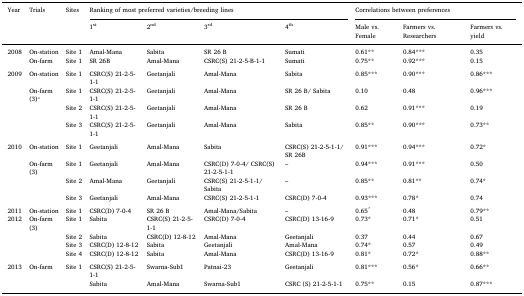
<table><thead><tr><td><b>Year</b></td><td><b>Trials</b></td><td><b>Sites</b></td><td colspan="4"><b>Ranking of most preferred varieties/breeding lines</b></td><td colspan="3"><b>Correlations between preferences</b></td></tr><tr><td></td><td></td><td></td><td><b>1<sup>st</sup></b></td><td><b>2<sup>nd</sup></b></td><td><b>3<sup>rd</sup></b></td><td><b>4<sup>th</sup></b></td><td><b>Male vs. Female</b></td><td><b>Farmers vs. Researchers</b></td><td><b>Farmers vs. yield</b></td></tr></thead><tbody><tr><td rowspan="2">2008</td><td>On-station</td><td>Site 1</td><td>Amal-Mana</td><td>Sabita</td><td>SR 26 B</td><td>Sumati</td><td>0.61**</td><td>0.84***</td><td>0.35</td></tr><tr><td>On-farm</td><td>Site 1</td><td>SR 26B</td><td>Amal-Mana</td><td>CSRC(S) 21-2-5-B-1-1</td><td>Sumati</td><td>0.75**</td><td>0.92***</td><td>0.15</td></tr><tr><td colspan="10">  </td></tr><tr><td rowspan="4">2009</td><td>On-station</td><td>Site 1</td><td>CSRC(S) 21-2-5-1-1</td><td>Geetanjali</td><td>Amal-Mana</td><td>Sabita</td><td>0.85***</td><td>0.90***</td><td>0.86***</td></tr><tr><td rowspan="3">On-farm(3)a</td><td>Site 1</td><td>CSRC(S) 21-2-5-1-1</td><td>Geetanjali</td><td>Amal-Mana</td><td>SR 26 B/ Sabita</td><td>0.10</td><td>0.48</td><td>0.96***</td></tr><tr><td>Site 2</td><td>CSRC(S) 21-2-5-1-1</td><td>Geetanjali</td><td>Amal-Mana</td><td>SR 26 B</td><td>0.62</td><td>0.91***</td><td>0.19</td></tr><tr><td>Site 3</td><td>CSRC(S) 21-2-5-1-1</td><td>Geetanjali</td><td>Amal-Mana</td><td>Sabita</td><td>0.85**</td><td>0.90***</td><td>0.73**</td></tr><tr><td colspan="10">  </td></tr><tr><td rowspan="4">2010</td><td>On-station</td><td>Site 1</td><td>Geetanjali</td><td>Amal-Mana</td><td>Sabita</td><td>CSRC(S) 21-2-5-1-1/ SR 26B</td><td>0.91***</td><td>0.94***</td><td>0.72*</td></tr><tr><td rowspan="3">On-farm(3)</td><td>Site 1</td><td>Geetanjali</td><td>Amal-Mana</td><td>CSRC(D) 7-0-4/ CSRC(S) 21-2-5-1-1</td><td>–</td><td>0.94***</td><td>0.91***</td><td>0.50</td></tr><tr><td>Site 2</td><td>Amal-Mana</td><td>Geetanjali</td><td>CSRC(S) 21-2-5-1-1/Sabita</td><td>–</td><td>0.85**</td><td>0.81**</td><td>0.74*</td></tr><tr><td>Site 3</td><td>Geetanjali</td><td>Amal-Mana</td><td>CSRC(S) 21-2-5-1-1</td><td>CSRC(D) 7-0-4</td><td>0.93***</td><td>0.78*</td><td>0.74</td></tr><tr><td colspan="10">  </td></tr><tr><td>2011</td><td>On-station</td><td>Site 1</td><td>CSRC(D) 7-0-4</td><td>SR 26 B</td><td>Amal-Mana/Sabita</td><td>–</td><td>0.65<sup>*</sup></td><td>0.48</td><td>0.79**</td></tr><tr><td rowspan="4">2012</td><td rowspan="4">On-farm(3)</td><td>Site 1</td><td>Sabita</td><td>CSRC(S) 21-2-5-1-1</td><td>CSRC(D) 7-0-4</td><td>CSRC(D) 13-16-9</td><td>0.73*</td><td>0.71*</td><td>0.51</td></tr><tr><td>Site 2</td><td>Sabita</td><td>CSRC(D) 12-8-12</td><td>Amal-Mana</td><td>Geetanjali</td><td>0.37</td><td>0.44</td><td>0.67</td></tr><tr><td>Site 3</td><td>CSRC(D) 12-8-12</td><td>Sabita</td><td>Geetanjali</td><td>Amal-Mana</td><td>0.74*</td><td>0.57</td><td>0.49</td></tr><tr><td>Site 4</td><td>CSRC(D) 12-8-12</td><td>Sabita</td><td>Amal-Mana</td><td>CSRC(D) 13-16-9</td><td>0.81*</td><td>0.72*</td><td>0.88**</td></tr><tr><td colspan="10">  </td></tr><tr><td rowspan="2">2013</td><td rowspan="2">On-farm</td><td>Site 1</td><td>CSRC(S) 21-2-5-1-1</td><td>Swarna-Sub1</td><td>Patnai-23</td><td>Geetanjali</td><td>0.81***</td><td>0.56*</td><td>0.66**</td></tr><tr><td></td><td>Sabita</td><td>Amal-Mana</td><td>Swarna-Sub1</td><td>CSRC (S) 21-2-5-1-1</td><td>0.75**</td><td>0.15</td><td>0.87***</td></tr></tbody></table>